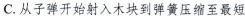
C.从子弹开始射入木块到弹簧压缩至最短